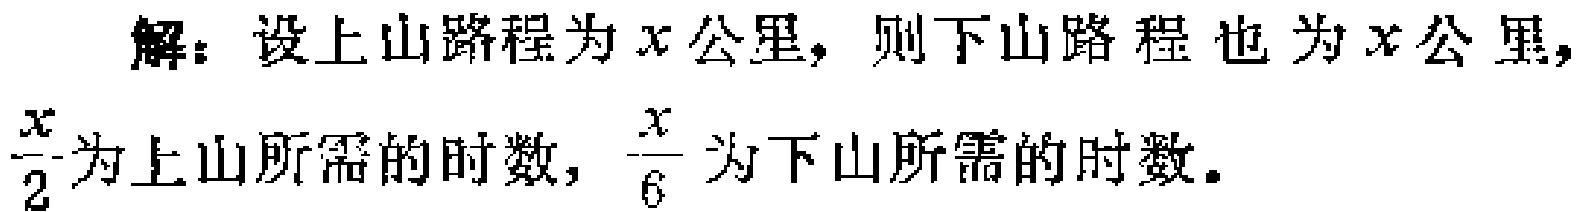
解：设上山路程为\(x\)公里，则下山路程也为\(x\)公里，
\(\frac{x}{2}\)为上山所需的时数，\(\frac{x}{6}\)为下山所需的时数。